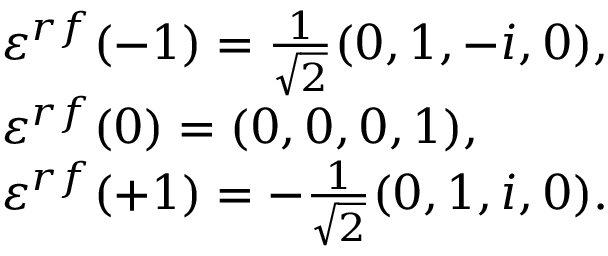
\begin{array} { l } { { \varepsilon ^ { r f } ( - 1 ) = \frac { 1 } { \sqrt { 2 } } ( 0 , 1 , - i , 0 ) , } } \\ { { \varepsilon ^ { r f } ( 0 ) = ( 0 , 0 , 0 , 1 ) , } } \\ { { \varepsilon ^ { r f } ( + 1 ) = - \frac { 1 } { \sqrt { 2 } } ( 0 , 1 , i , 0 ) . } } \end{array}